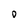
Character: D